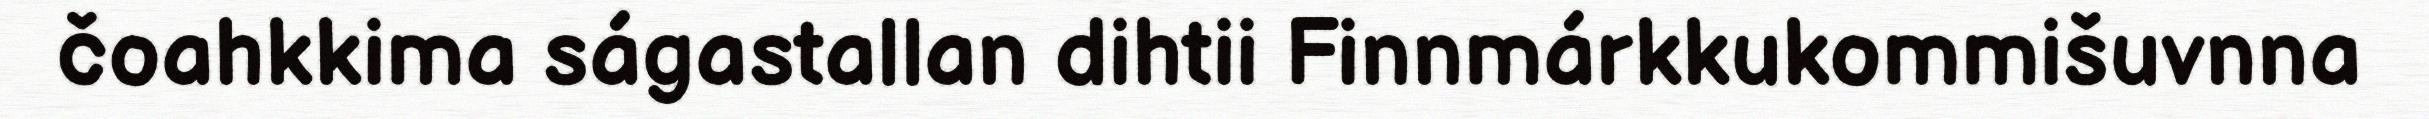
čoahkkima ságastallan dihtii Finnmárkkukommišuvnna